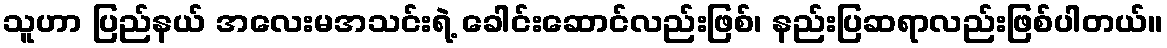
သူဟာ ပြည်နယ် အလေးမအသင်းရဲ့ ခေါင်းဆောင်လည်းဖြစ်၊ နည်းပြဆရာလည်းဖြစ်ပါတယ်။